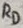
Text: RD